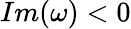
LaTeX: Im(\omega)<0